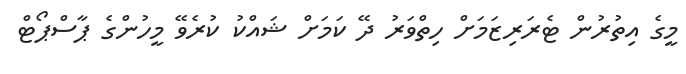
މީގެ އިތުރުން ޓެރަރިޒަމަށް ހިތްވަރު ދޭ ކަމަށް ޝައްކު ކުރެވޭ މީހުންގެ ޕާސްޕޯޓް